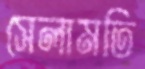
সেলামতি